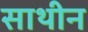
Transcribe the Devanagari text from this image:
साथीन